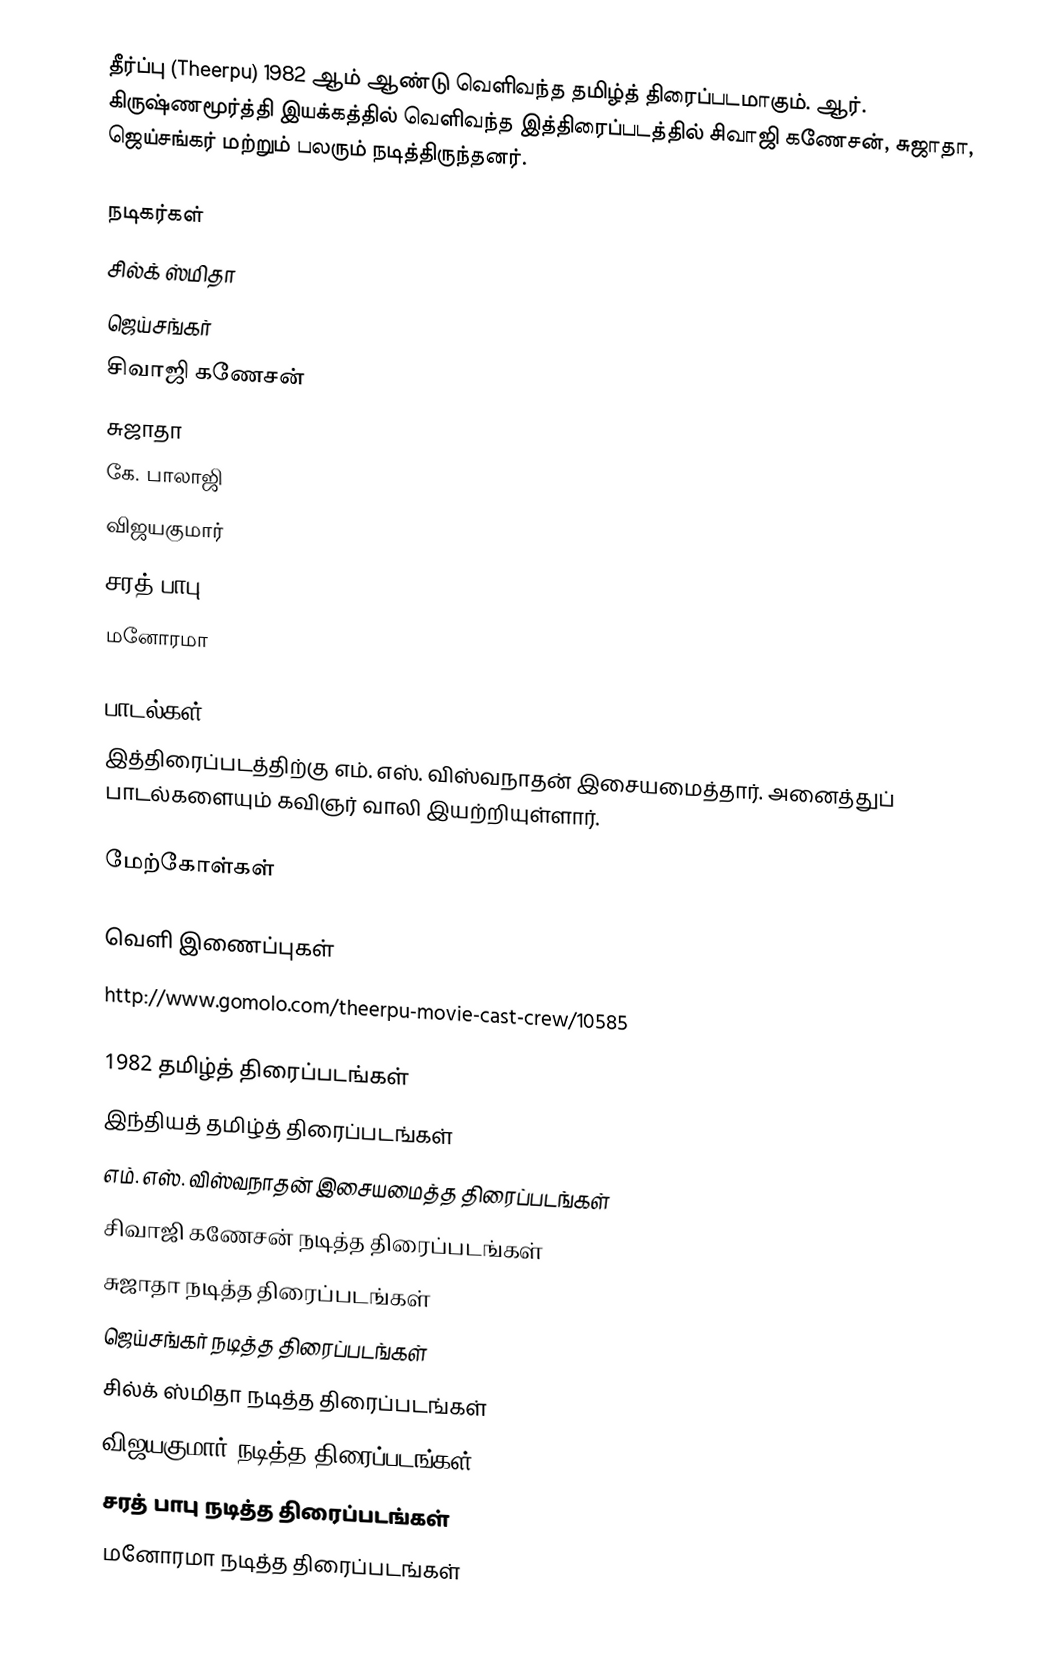
தீர்ப்பு (Theerpu) 1982 ஆம் ஆண்டு வெளிவந்த தமிழ்த் திரைப்படமாகும். ஆர். கிருஷ்ணமூர்த்தி இயக்கத்தில் வெளிவந்த இத்திரைப்படத்தில் சிவாஜி கணேசன், சுஜாதா, ஜெய்சங்கர்  மற்றும் பலரும் நடித்திருந்தனர்.

நடிகர்கள்
 சில்க் ஸ்மிதா
 ஜெய்சங்கர்
 சிவாஜி கணேசன்
 சுஜாதா
 கே. பாலாஜி
 விஜயகுமார்
 சரத் பாபு
 மனோரமா

பாடல்கள்
இத்திரைப்படத்திற்கு எம். எஸ். விஸ்வநாதன் இசையமைத்தார். அனைத்துப் பாடல்களையும் கவிஞர் வாலி இயற்றியுள்ளார்.

மேற்கோள்கள்

வெளி இணைப்புகள்
 http://www.gomolo.com/theerpu-movie-cast-crew/10585

1982 தமிழ்த் திரைப்படங்கள்
இந்தியத் தமிழ்த் திரைப்படங்கள்
எம். எஸ். விஸ்வநாதன் இசையமைத்த திரைப்படங்கள்
சிவாஜி கணேசன் நடித்த திரைப்படங்கள்
சுஜாதா நடித்த திரைப்படங்கள்
ஜெய்சங்கர் நடித்த திரைப்படங்கள்
சில்க் ஸ்மிதா நடித்த திரைப்படங்கள்
விஜயகுமார் நடித்த திரைப்படங்கள்
சரத் பாபு நடித்த திரைப்படங்கள்
மனோரமா நடித்த திரைப்படங்கள்